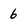
Character: 6